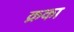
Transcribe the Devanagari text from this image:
क्रका